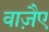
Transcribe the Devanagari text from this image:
वाजै़ए